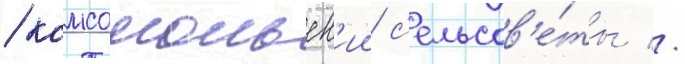
/ комсомольск'ии с'ельсов'е́ты //